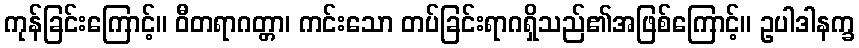
ကုန်ခြင်းကြောင့်။ ဝီတရာဂတ္တာ၊ ကင်းသော တပ်ခြင်းရာဂရှိသည်၏အဖြစ်ကြောင့်။ ဥပါဒါနက္ခ